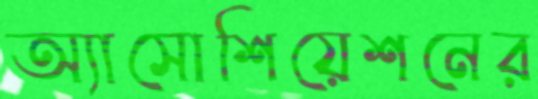
অ্যাসোশিয়েশনের